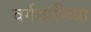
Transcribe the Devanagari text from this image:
वर्गवारीच्या